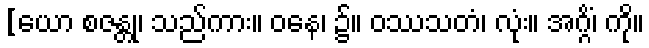
[ယော စဇန္တု၊ သည်ကား။ ဝနေ၊ ၌။ ဝဿသတံ၊ လုံး။ အဂ္ဂိံ၊ ကို။